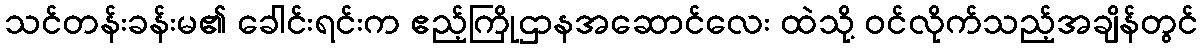
သင်တန်းခန်းမ၏ ခေါင်းရင်းက ဧည့်ကြိုဌာနအဆောင်လေး ထဲသို့ ဝင်လိုက်သည့်အချိန်တွင်